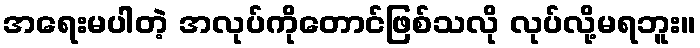
အရေးမပါတဲ့ အလုပ်ကိုတောင်ဖြစ်သလို လုပ်လို့မရဘူး။